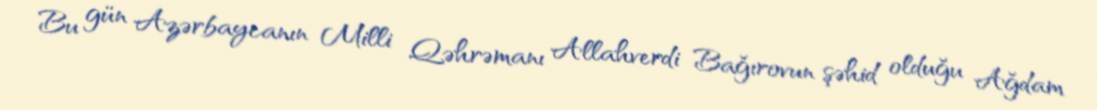
Bu gün Azərbaycanın Milli Qəhrəmanı Allahverdi Bağırovun şəhid olduğu Ağdam